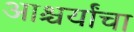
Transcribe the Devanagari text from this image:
आश्चर्यांचा